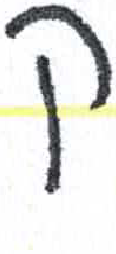
אות: ק